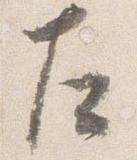
左